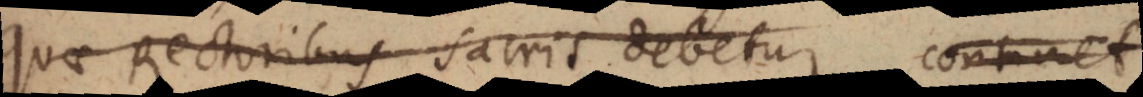
quae Rectoribus Sacris debetur, continet